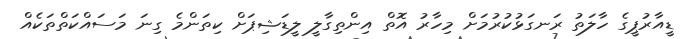
ޑީއާރުޕީގެ ހާލަތު ރަނގަޅުކުރުމަށް މިހާރު އޮތް އިންތިގާލީ ލީޑަޝިޕަށް ކިތަންމެ ގިނަ މަސައްކަތްތަކެއް